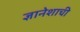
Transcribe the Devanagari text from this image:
ज्ञानेशाची